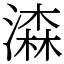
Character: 潹